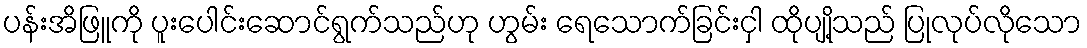
ပန်းအိဖြူကို ပူးပေါင်းဆောင်ရွက်သည်ဟု ဟွမ်း ရေသောက်ခြင်းငှါ ထိုပျို့သည် ပြုလုပ်လိုသော